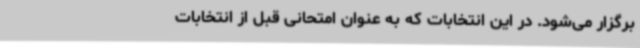
برگزار می‌شود. در این انتخابات که به عنوان امتحانی قبل از انتخابات